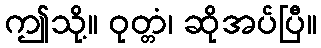
ဤသို့။ ဝုတ္တံ၊ ဆိုအပ်ပြီ။